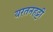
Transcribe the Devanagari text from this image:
यरतनहट्टी